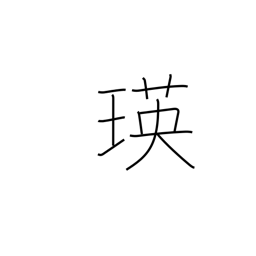
Meaning: sparkle of jewelry